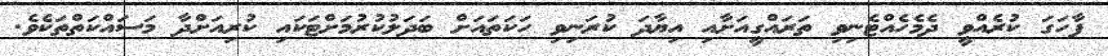
ފާހަގަ ކުރެއްވީ ދެމެހެއްޓެނިވި ތަރައްގީއަށާއި އިޔާދަ ކުރަނިވި ހަކަތައަށް ބަދަލުކުރުމަށްޓަކައި ކުރިއަށްދާ މަސައްކަތްތަކެވެ.